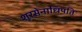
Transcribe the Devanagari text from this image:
शूरसेनाधिपति